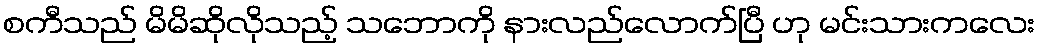
စကီသည် မိမိဆိုလိုသည့် သဘောကို နားလည်လောက်ပြီ ဟု မင်းသားကလေး